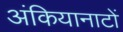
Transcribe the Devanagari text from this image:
अंकियानाटों